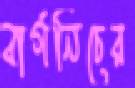
বার্গনিচের